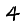
Digit: 4